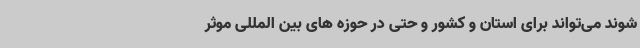
شوند می‌تواند برای استان و کشور و حتی در حوزه های بین المللی موثر